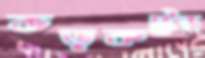
কড়কট্যে